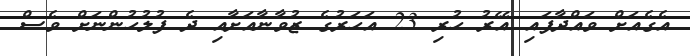
އެގެއަށް ވައްދާފައި އޭރު ހުރި 23 އަހަރުގެ ޒުވާނާއަށާއި ދެ ފުލުހުންނަށް ވެސް